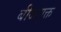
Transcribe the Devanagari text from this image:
बीजयुक्त